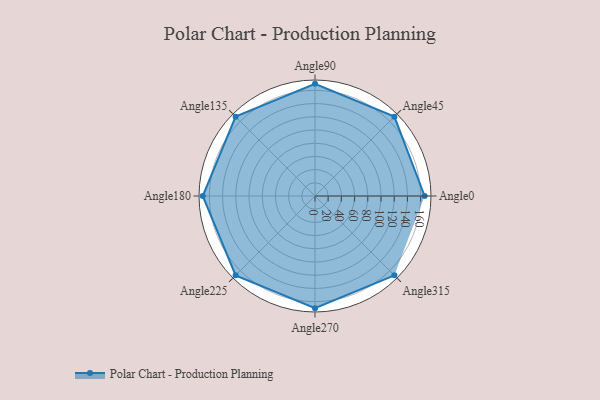
{"axis": {"x": "Angle", "y": "Radius"}, "legend": [""], "data": [{"x": "Angle0", "y": 166.0, "type": ""}, {"x": "Angle45", "y": 170, "type": ""}, {"x": "Angle90", "y": 170, "type": ""}, {"x": "Angle135", "y": 170, "type": ""}, {"x": "Angle180", "y": 170, "type": ""}, {"x": "Angle225", "y": 170, "type": ""}, {"x": "Angle270", "y": 170, "type": ""}, {"x": "Angle315", "y": 170, "type": ""}]}